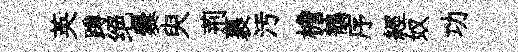
英蹲绝爨臾荊裹汚檐鶺序經奴功